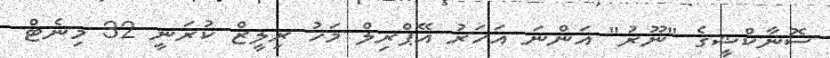
ސޮނާކްޝީގެ "ނޫރު" އަންނަ އަހަރު އޭޕްރިލް މަހު ރިލީޒް ކުރަނީ 32 މިނެޓް